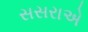
સસરાએ